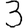
Digit: 3